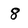
Character: 8